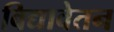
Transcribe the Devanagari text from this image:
विद्यावेतन